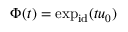
\Phi ( t ) = \exp _ { \mathrm { i d } } ( t u _ { 0 } )